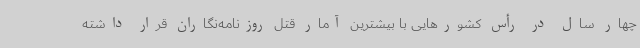
چهار سال در رأس کشورهایی با بیشترین آمار قتل روزنامه‌نگاران قرار داشته